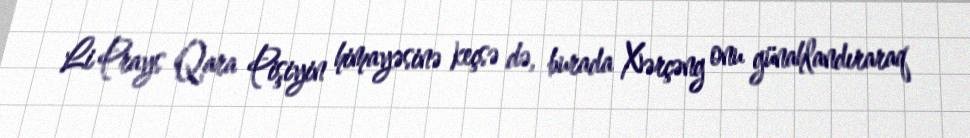
Li Prays Qara Pişiyin himayəsinə keçsə də, burada Xərçəng onu günahlandıraraq